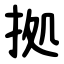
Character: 拠